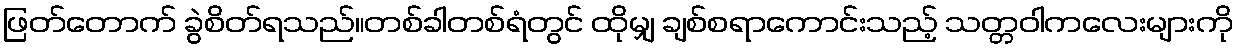
ဖြတ်တောက် ခွဲစိတ်ရသည်။တစ်ခါတစ်ရံတွင် ထိုမျှ ချစ်စရာကောင်းသည့် သတ္တဝါကလေးများကို